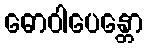
ဓောဝါပေန္တော